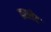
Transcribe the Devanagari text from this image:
हस्सेट